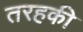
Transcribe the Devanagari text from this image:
तरहकी